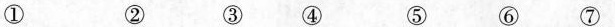
① ② ③ ④ ⑤ ⑥ ⑦